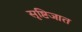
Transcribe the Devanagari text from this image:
सृष्टिजात